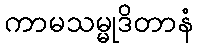
ကာမသမ္မုဒိတာနံ